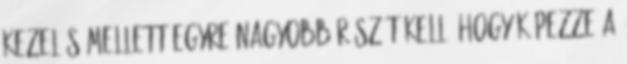
kezelés mellett egyre nagyobb részét kell, hogy képezze a